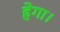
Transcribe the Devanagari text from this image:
हेगा।